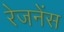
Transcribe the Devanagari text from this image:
रेजनेंस